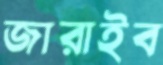
জারাইব